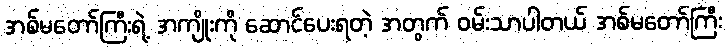
အစ်မတော်ကြီးရဲ့ အကျိုးကို ဆောင်ပေးရတဲ့ အတွက် ဝမ်းသာပါတယ် အစ်မတော်ကြီး